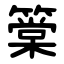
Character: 䉎